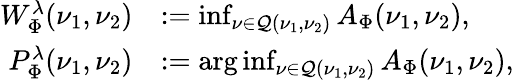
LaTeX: \begin{array}{rl}{W_{\Phi}^{\lambda}(\nu_{1},\nu_{2})}&{:=\operatorname*{inf}_{\nu\in\mathcal{Q}(\nu_{1},\nu_{2})}A_{\Phi}(\nu_{1},\nu_{2}),}\\ {P_{\Phi}^{\lambda}(\nu_{1},\nu_{2})}&{:=\arg\operatorname*{inf}_{\nu\in\mathcal{Q}(\nu_{1},\nu_{2})}A_{\Phi}(\nu_{1},\nu_{2}),}\end{array}